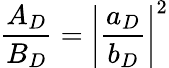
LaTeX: \frac{A_{D}}{B_{D}}=\left|\frac{a_{D}}{b_{D}}\right|^{2}